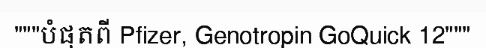
"""បំផុតពី Pfizer, Genotropin GoQuick 12"""